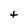
Character: t